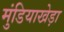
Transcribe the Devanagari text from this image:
मुंडियाखेड़ा